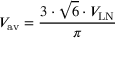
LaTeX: V _ { \mathrm { a v } } = { \frac { 3 \cdot { \sqrt { 6 } } \cdot V _ { \mathrm { L N } } } { \pi } }